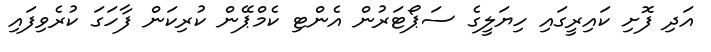
އަދި ފޮށި ކައިރީގައި ހިޔަލީގެ ސަޕޯޓަރުން އެންޓި ކެމްޕޭން ކުރިކަން ފާހަގަ ކުރެވިފައި